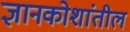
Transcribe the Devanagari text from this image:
ज्ञानकोशांतील